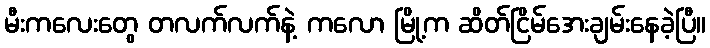
မီးကလေးတွေ တလက်လက်နဲ့ ကလော မြို့က ဆိတ်ငြိမ်အေးချမ်းနေခဲ့ပြီ။